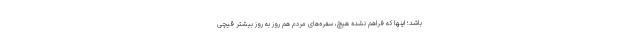
باشد؛ اینها که فراهم نشده هیچ، سفره‌های مردم هم روز به روز بیشتر قیچی